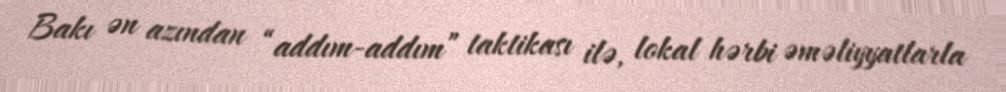
Bakı ən azından “addım-addım” taktikası ilə, lokal hərbi əməliyyatlarla